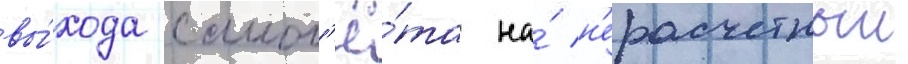
вы́хода самол'ё́та на́ н'ерасчетныи